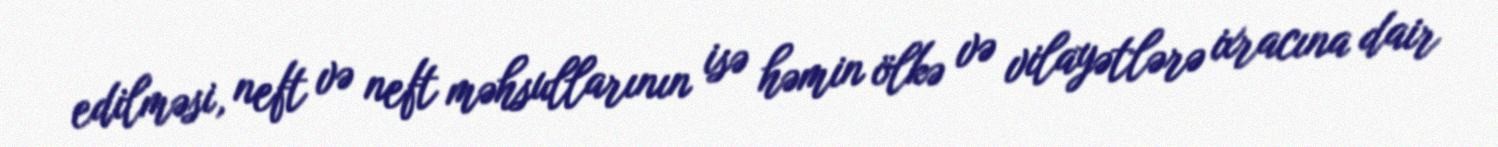
edilməsi, neft və neft məhsullarının isə həmin ölkə və vilayətlərə ixracına dair